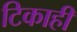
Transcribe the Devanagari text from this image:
टिकाही